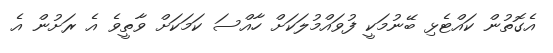
އެގޮތުން ކައްޓެޅި ބޭނުމަކީ ފުވައްމުލަކަށް ހާއްސަ ކަމަކަށް ވާތީވެ އެ ރަށުން އެ